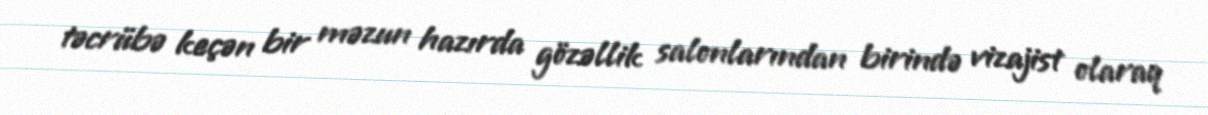
təcrübə keçən bir məzun hazırda gözəllik salonlarından birində vizajist olaraq